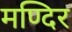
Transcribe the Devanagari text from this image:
मण्दिर